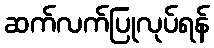
ဆက်လက်ပြုလုပ်ရန်